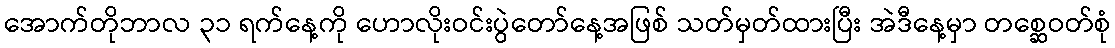
အောက်တိုဘာလ ၃၁ ရက်နေ့ကို ဟောလိုးဝင်းပွဲတော်နေ့အဖြစ် သတ်မှတ်ထားပြီး အဲဒီနေ့မှာ တစ္ဆေဝတ်စုံ